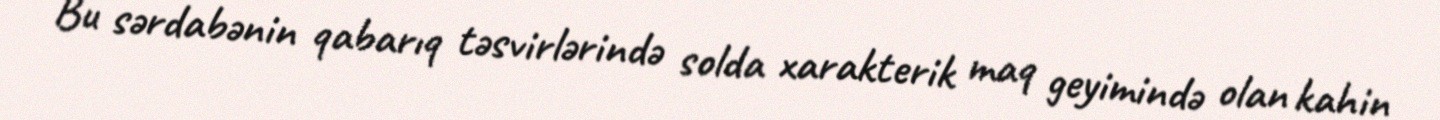
Bu sərdabənin qabarıq təsvirlərində solda xarakterik maq geyimində olan kahin